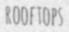
ROOFTOPS